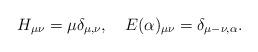
LaTeX: \begin{align*}H_{\mu \nu}=\mu\delta_{\mu, \nu},\quad E(\alpha)_{\mu \nu}=\delta_{\mu-\nu,\alpha}.\end{align*}